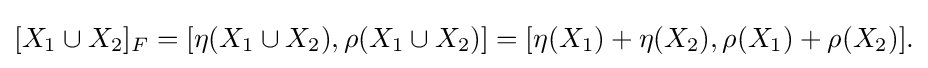
{\textstyle [X_{1}\cup X_{2}]_{F}=[\eta (X_{1}\cup X_{2}),\rho (X_{1}\cup X_{2})]=[\eta (X_{1})+\eta (X_{2}),\rho (X_{1})+\rho (X_{2})].}